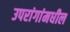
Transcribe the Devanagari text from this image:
उपरांगांमधील